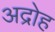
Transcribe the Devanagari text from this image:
अद्रोह